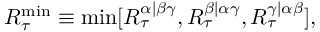
R _ { \tau } ^ { \mathrm { m i n } } \equiv \mathrm { m i n } [ R _ { \tau } ^ { \alpha | \beta \gamma } , R _ { \tau } ^ { \beta | \alpha \gamma } , R _ { \tau } ^ { \gamma | \alpha \beta } ] ,